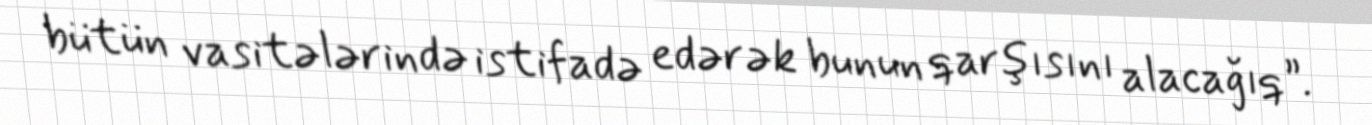
bütün vasitələrində istifadə edərək bunun qarşısını alacağıq”.